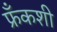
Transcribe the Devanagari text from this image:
फ्रँकशी